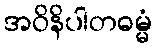
အဝိနိပါတဓမ္မံ